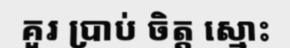
គួរ ប្រាប់ ចិត្ត ស្មោះ